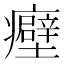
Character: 𬐀